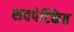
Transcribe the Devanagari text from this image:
शवपेटिकेत